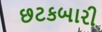
છટકબારી